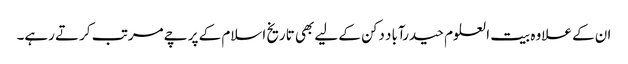
ان کے علاوہ بیت العلوم حیدرآباد دکن کے لیے بھی تاریخ اسلام کے پرچے مرتب کرتے رہے۔